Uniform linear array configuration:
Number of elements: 64
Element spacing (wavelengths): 1
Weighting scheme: uniform
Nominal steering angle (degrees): -60
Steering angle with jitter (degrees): -61.267
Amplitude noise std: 0.05
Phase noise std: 0.05

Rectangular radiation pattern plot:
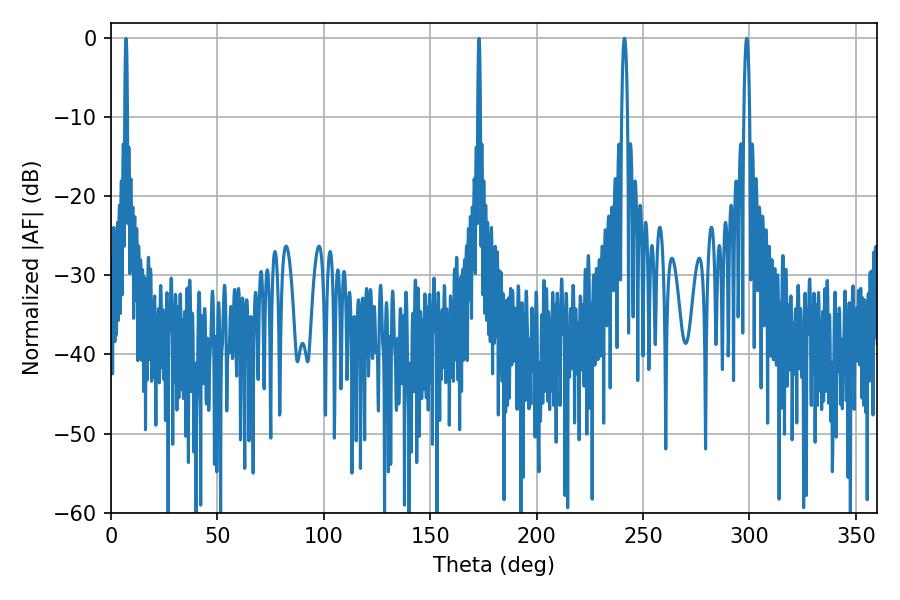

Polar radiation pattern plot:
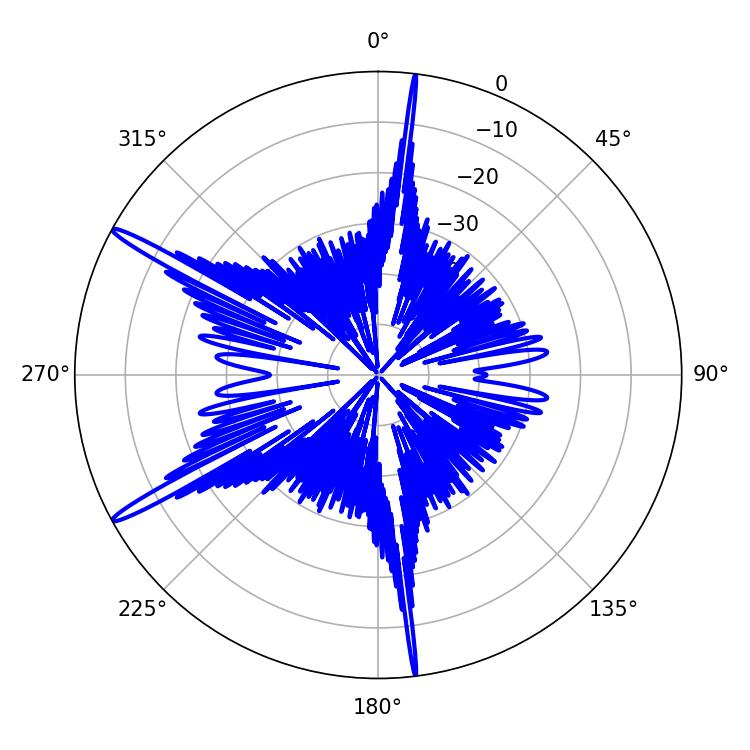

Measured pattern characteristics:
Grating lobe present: TRUE
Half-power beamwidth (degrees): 1.62
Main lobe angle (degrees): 241.2